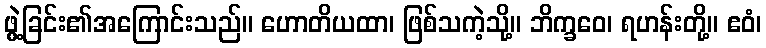
ဖွဲ့ခြင်း၏အကြောင်းသည်။ ဟောတိယထာ၊ ဖြစ်သကဲ့သို့။ ဘိက္ခဝေ၊ ရဟန်းတို့။ ဧဝံ၊